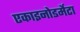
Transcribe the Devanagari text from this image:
एकाइनोडर्मेटा